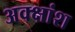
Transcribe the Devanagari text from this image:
अक्क्षांश